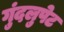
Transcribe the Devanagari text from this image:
गुंदलुपेट